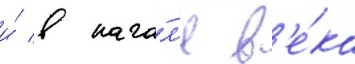
и́ в нача́л'е в'е́ка